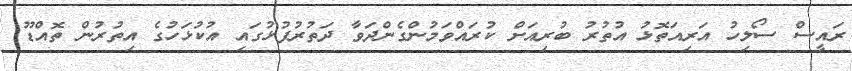
ރައީސް ސޯލިހު އަރިއަތޮޅު އުތުރު ބުރިއަށް ކުރައްވަމުންގެންދަވާ ދަތުރުފުޅުގައި އުކުޅަހުގެ އިތުރުން ތޮއްޑޫ